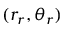
( r _ { r } , \theta _ { r } )